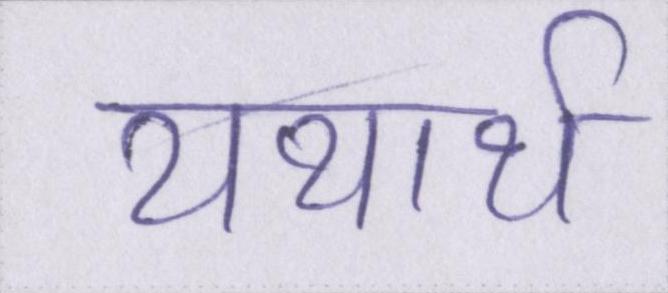
यथार्थ